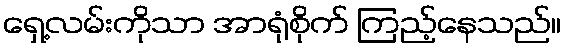
ရှေ့လမ်းကိုသာ အာရုံစိုက် ကြည့်နေသည်။